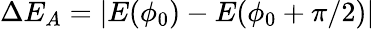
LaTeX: \Delta E_{A}=|E(\phi_{0})-E(\phi_{0}+\pi/2)|